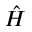
\hat { H }